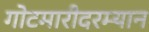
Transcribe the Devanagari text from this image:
गोटमारीदरम्यान